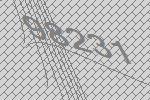
98231